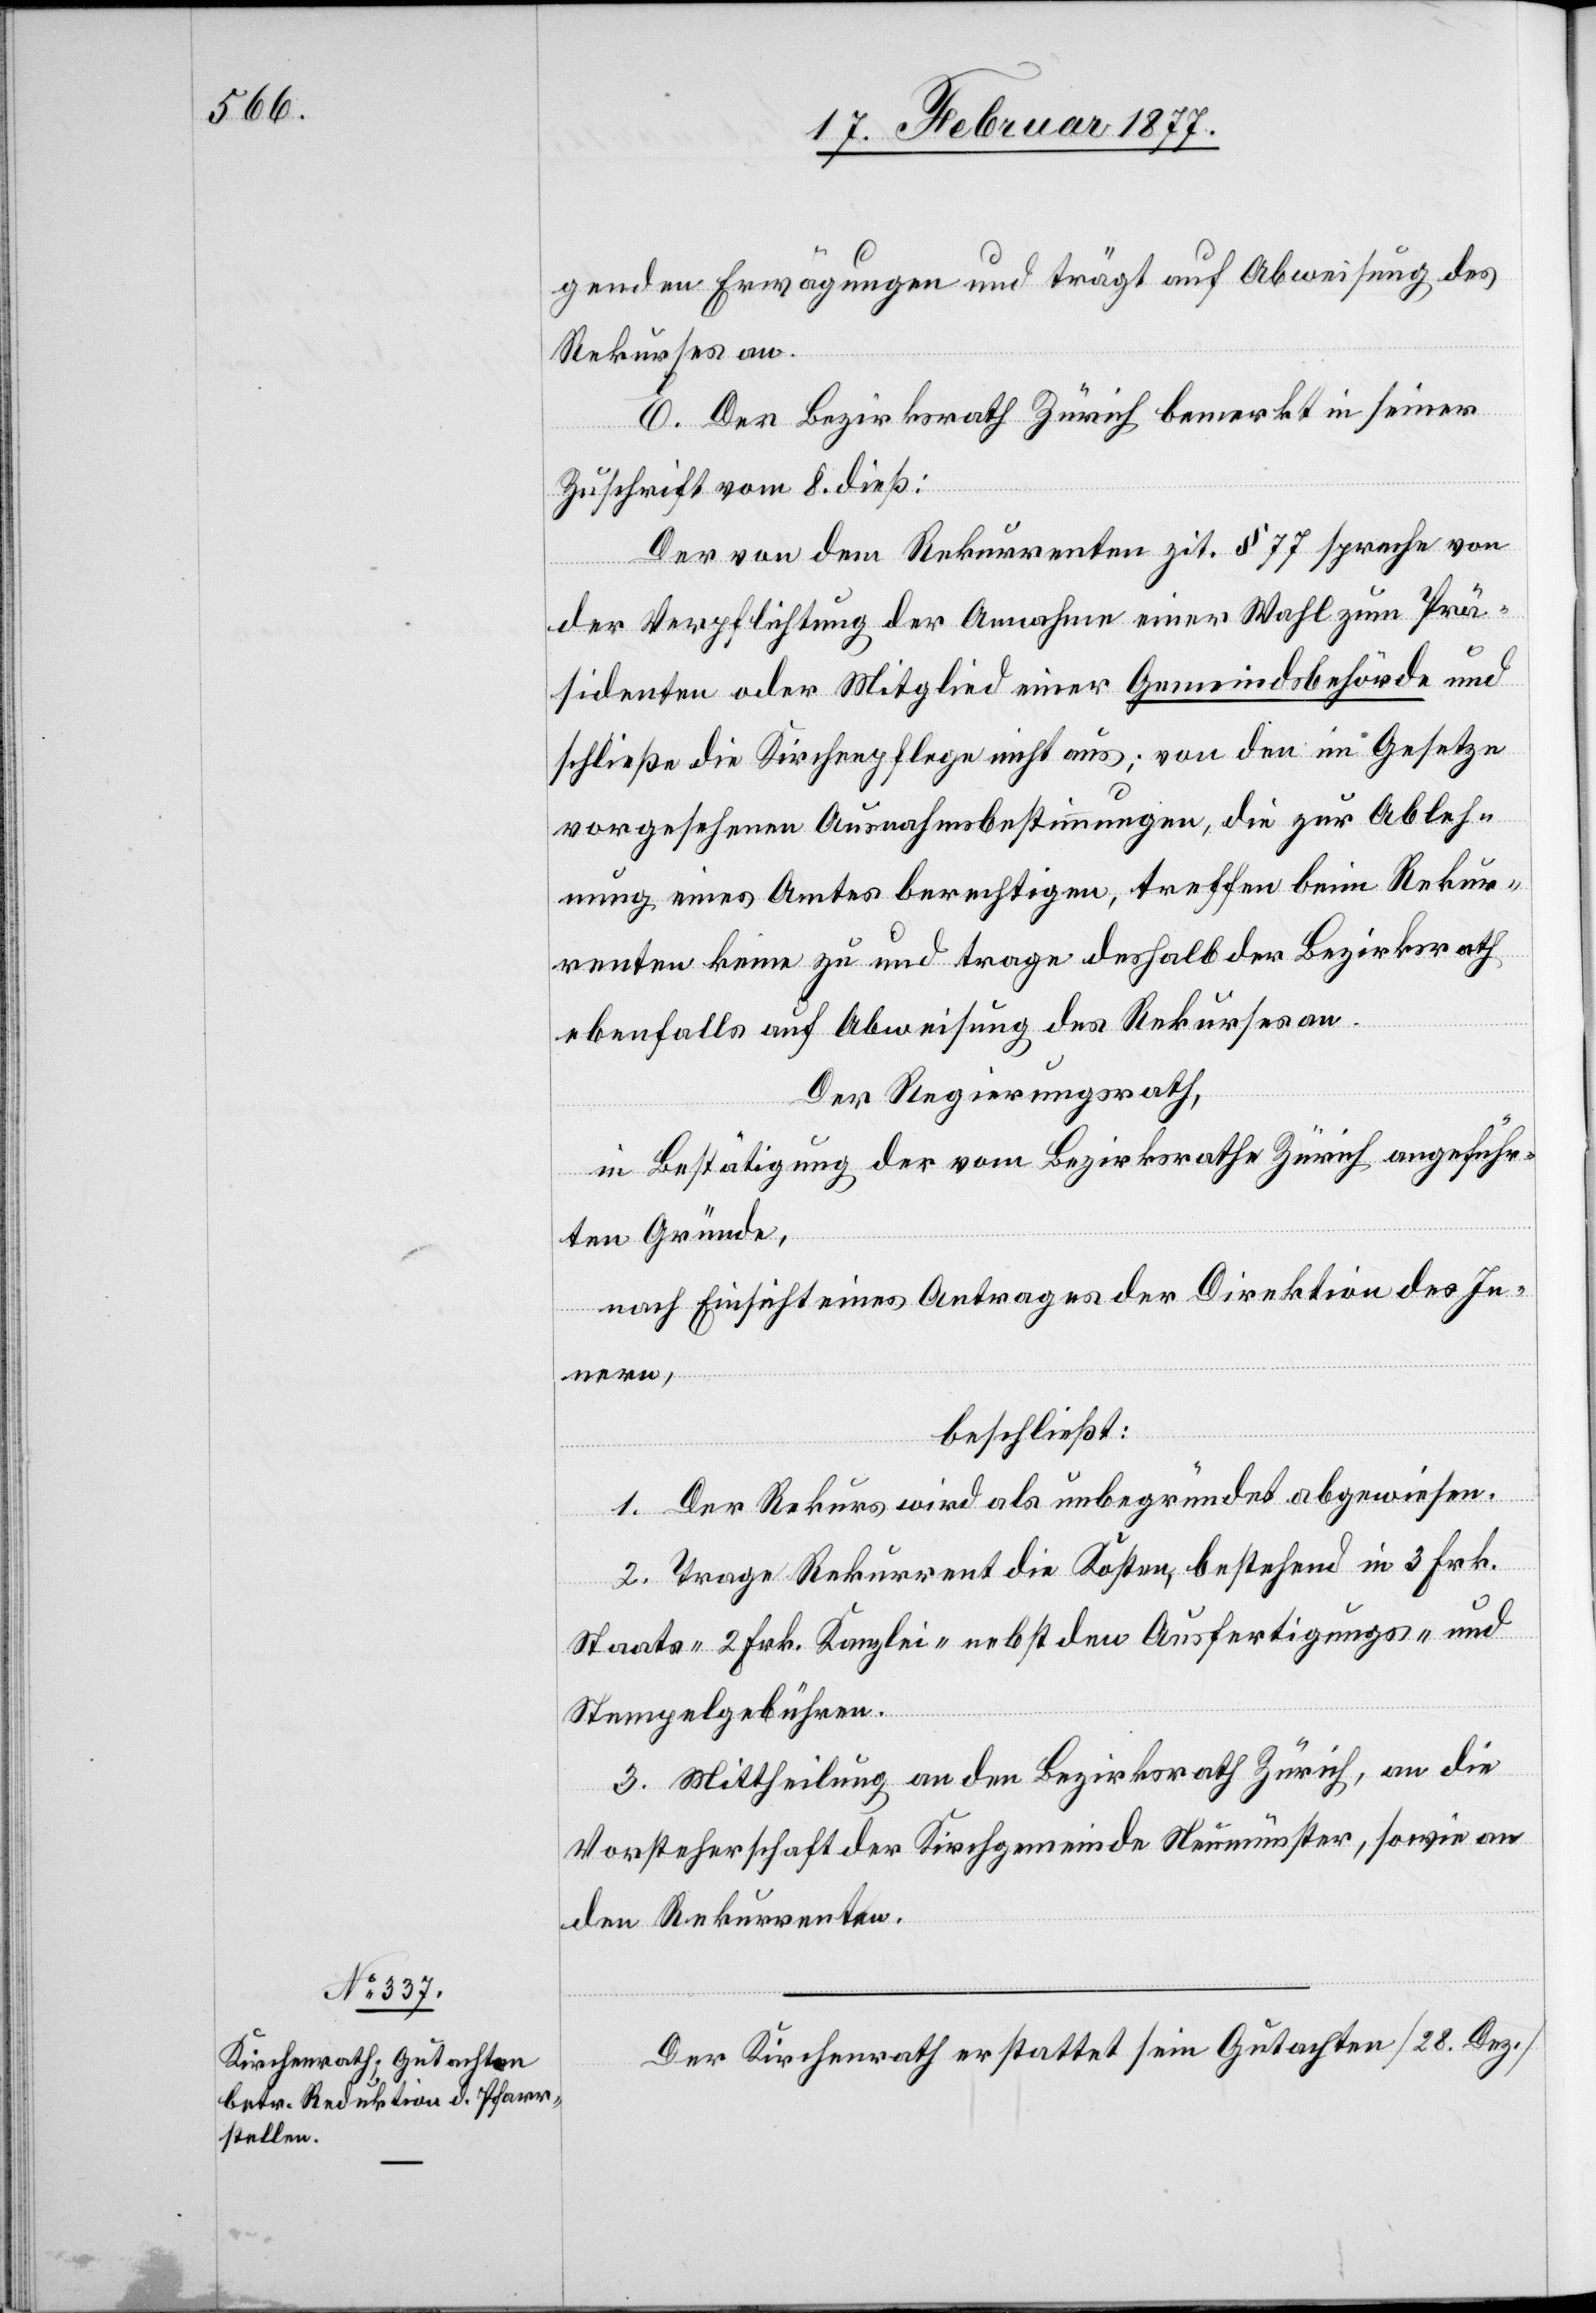
gende Erwägung und trägt auf Abweisung des
Rekurses an.
E. Der Bezirksrath Zürich bemerkt in seiner
Zuschrift vom 8. dieß:
Der von dem Rekurrenten zit. § 77 spreche von
der Verpflichtung der Annahme einer Wahl zum Prä¬
sidenten oder Mitglied einer Gemeindsbehörde und
schließe die Kirchenpflege nicht aus; von den im Gesetze
vorgesehenen Ausnahmsbestimmungen, die zur Ableh¬
nung eines Amtes berechtigen, treffe beim Rekur¬
renten keine zu und trage deshalb der Bezirksrath
ebenfalls auf Abweisung des Rekurses an.
Der Regierungsrath,
in Bestätigung der vom Bezirksrathe Zürich angeführ¬
ten Gründe,
nach Einsicht eines Antrages der Direktion des In¬
nern,
beschließt:
1. Der Rekurs wird als unbegründet abgewiesen.
2. Trage der Rekurrent die Kosten, bestehend in 3 Frk.
Staats-[,] 2 Frk. Kanzlei- nebst den Ausfertigungs- und
Stempelgebühren.
3. Mittheilung an den Bezirksrath Zürich, an die
Vorsteherschaft der Kirchgemeinde Neumünster, sowie an
den Rekurrenten.
Der Kirchenrath erstattet sein Gutachten [28. Dez.]